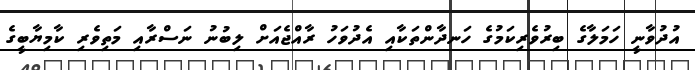
އުދުވާނީ ހަމަލާގެ ބިރުވެރިކަމުގެ ހަނދާންތަކާއި އެދުވަހު ރާއްޖެއަށް ލިބުނު ނަސްރާއި މަތިވެރި ކާމިޔާބީގެ